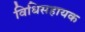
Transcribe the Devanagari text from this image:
विधिसहायक